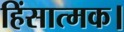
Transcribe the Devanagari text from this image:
हिंसात्मक।